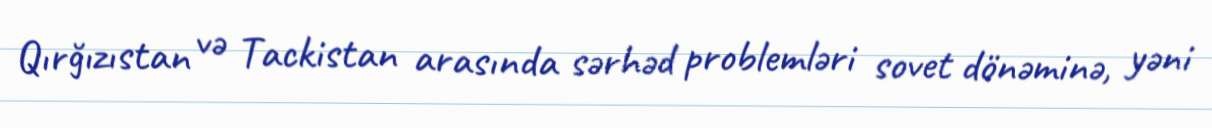
Qırğızıstan və Tackistan arasında sərhəd problemləri sovet dönəminə, yəni